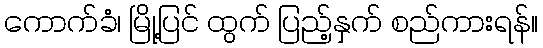
ကောက်ခံ၊ မြို့ပြင် ထွက် ပြည့်နှက် စည်ကားရန်။